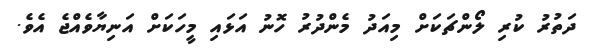
ދަތުރު ކުރި ލޯންޗަކަށް މިއަދު މެންދުރު ހޮނު އަޅައި މީހަކަށް އަނިޔާވެއްޖެ އެވެ.